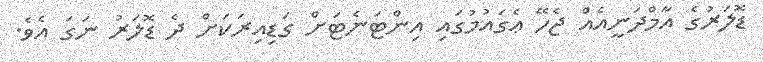
ޑޮލަރުގެ އާމްދަނީއެއް ޖެހޭ ޢެގައުމުގައި އިންޓަނެޓަށް ގަޑިއިރަކަށް ދެ ޑޮލަރު ނަގަ އެވެ.